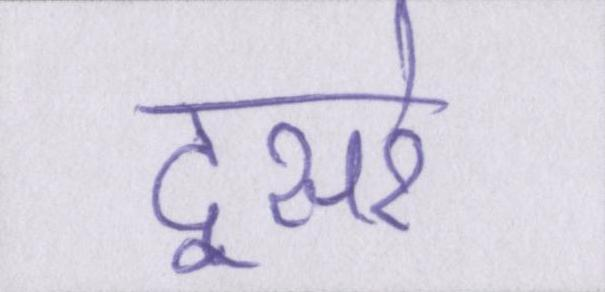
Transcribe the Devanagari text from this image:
दूसरे